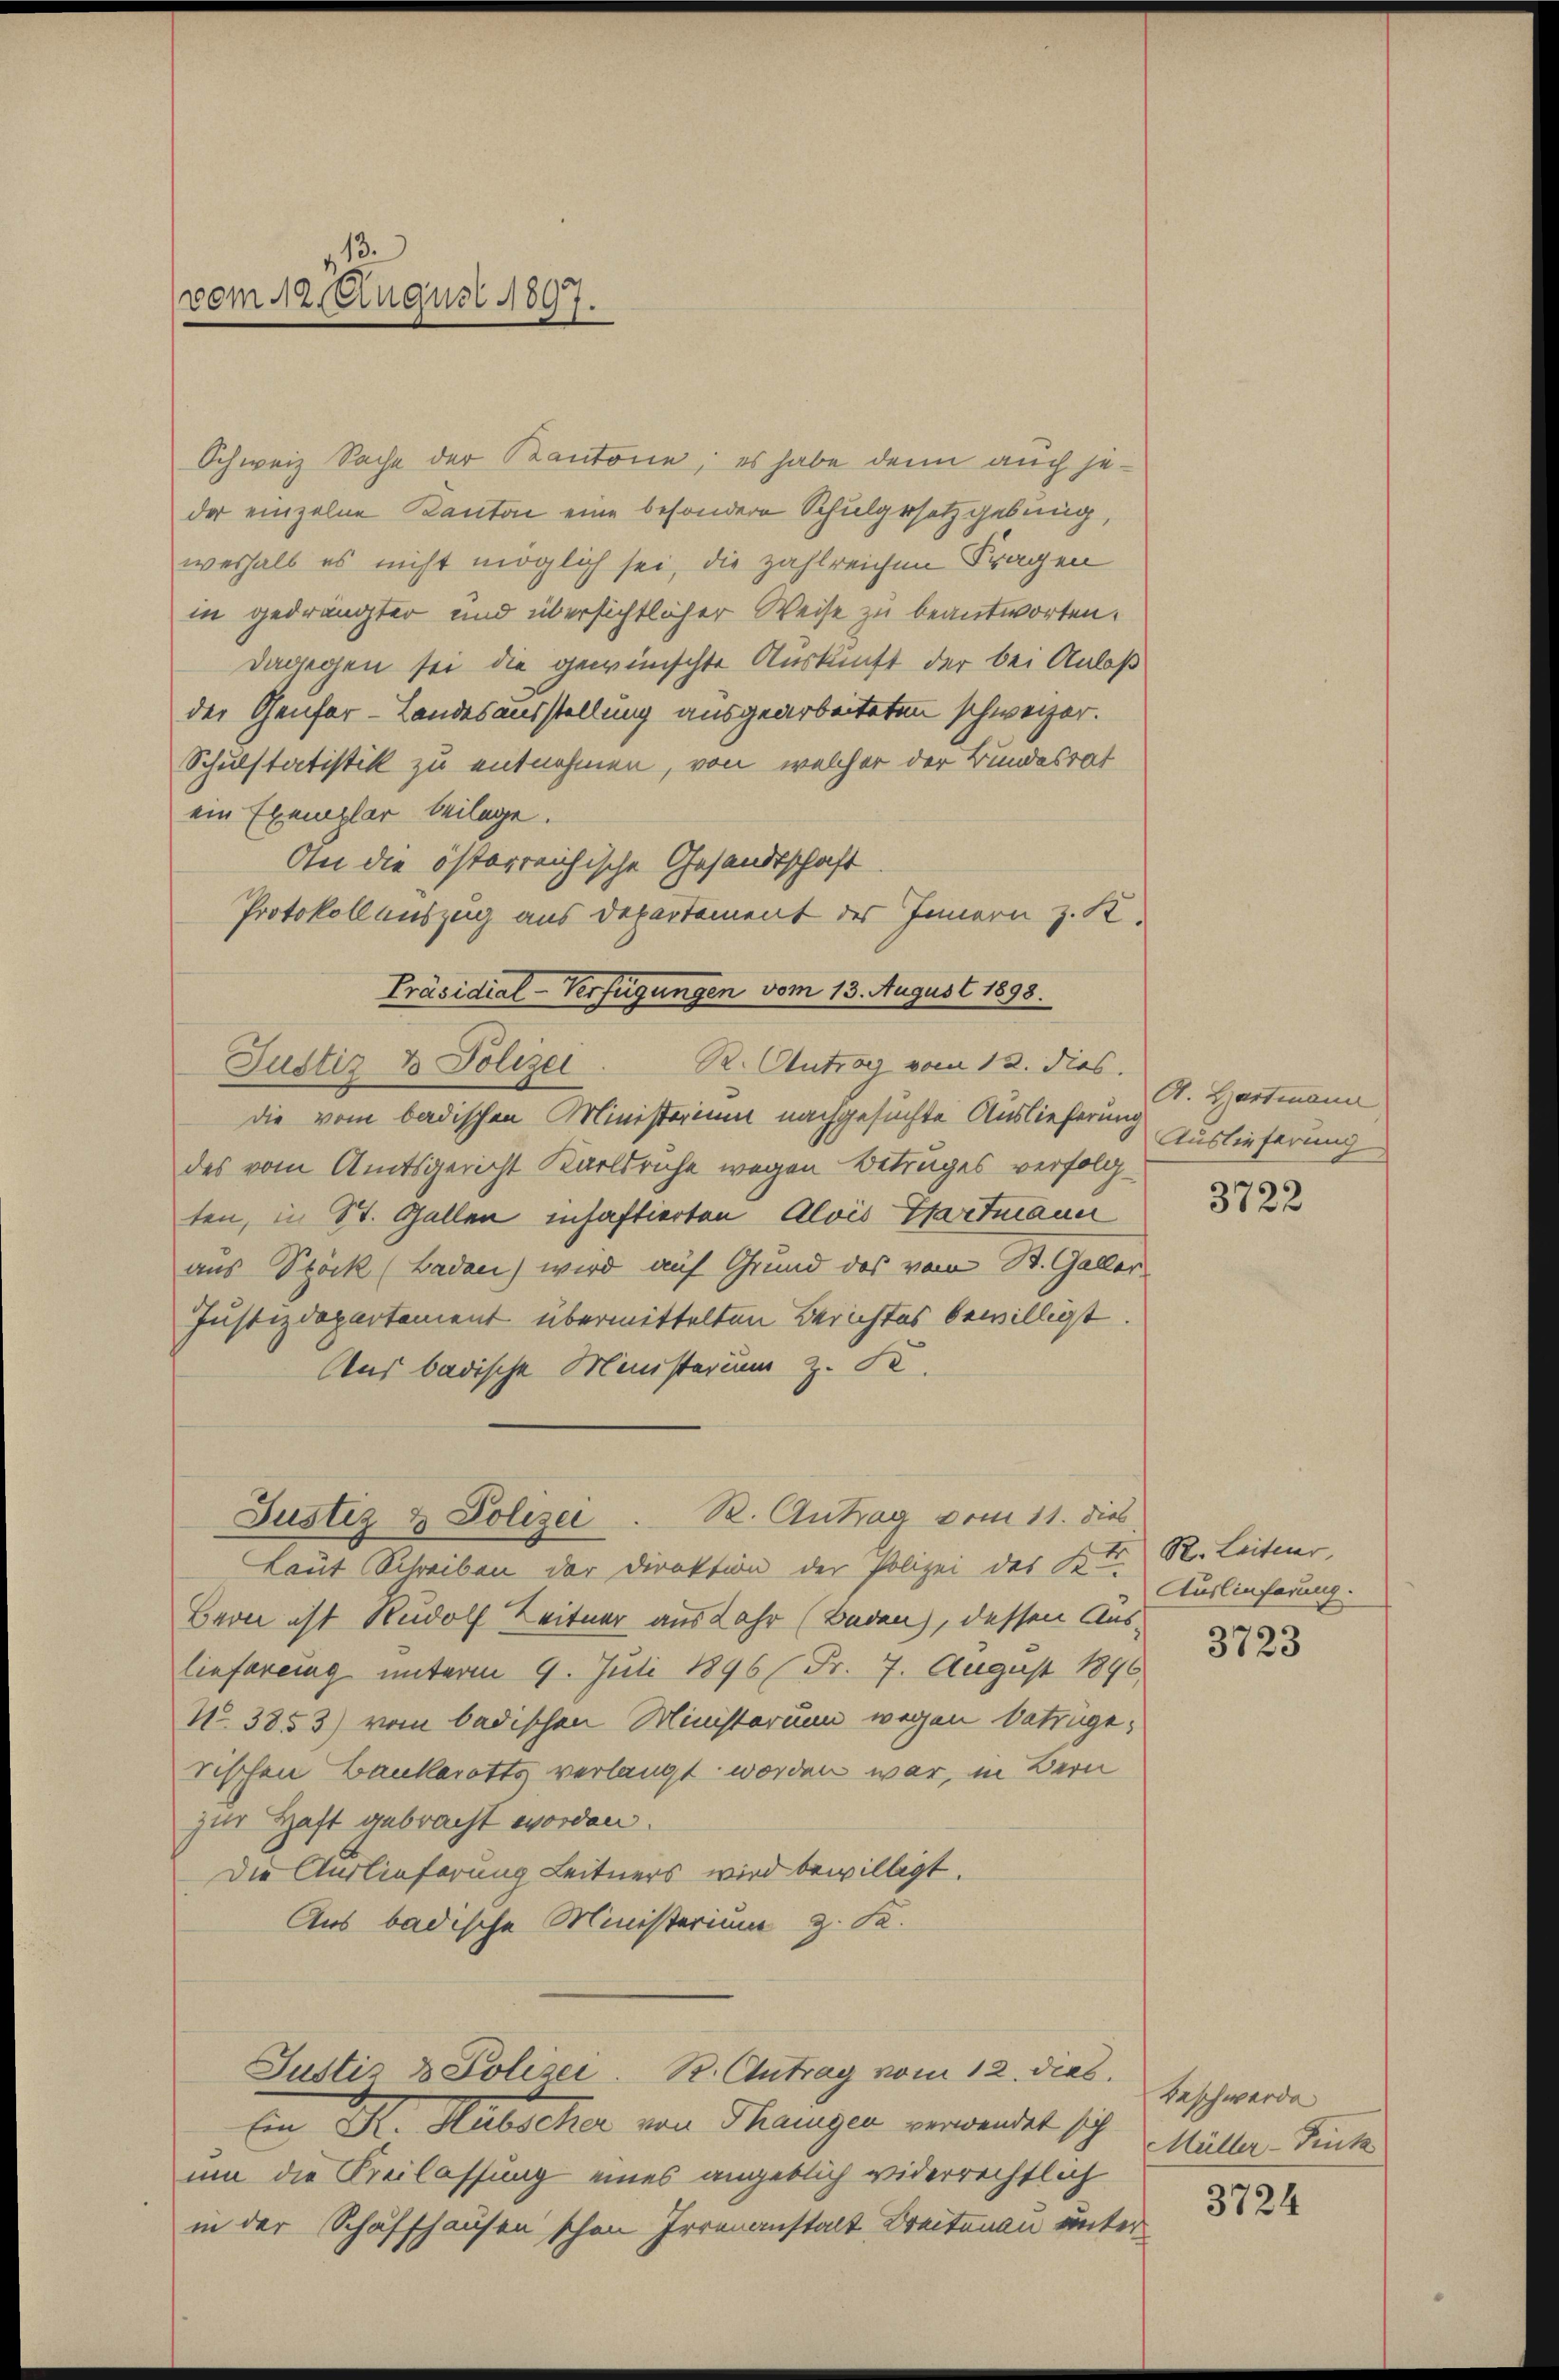
13.
vom 12. August 1897.

Schweiz Sache der Kantone, es habe denn auch jeder einzelne Kanton eine besondere Schulgesetzgebung,
weshalb es nicht möglich sei, die zahlreichen Fragen
in gedrängter und übersichtlicher Weise zu beantworten.
dagegen sei die gewünschte Auskunft der bei Anlaß
der Genfer-Landesausstellung ausgearbeiteten schweizer.
Schulstatistik zu entnehmen, von welcher der Bundesrat
ein Exemplar beilage.
An die österreichische Gesandtschaft
Protokoll auszug aus Departement des Innern z. K.
Präsidial-Verfügungen vom 13. August 1898.
R. Antrag vom 12. dies.
Justiz & Polizei
die vom badischen Ministerium nachgesuchte Auslieferung
des vom Amtsgericht Karlsruhe wegen Betruges verfolgten, in St. Gallen inhaftierten Alois Gartmann
aus Stöck (Baden) wird auf Grund des vom St. Galler
Justizdepartement übermittelten Berichtes bewilligt.
Aus badische Ministerium z. S.

Justiz & Polizei. R. Antrag vom 11. dies

Laut Schreiben der Direktion der Polizei des Kt. Auslieferung
Beon ist Rudolf Leitner aus Jahr (Baden, dessen Auslieferung unterm 9. Juli 1896 (Fr. 7. August 1896
No. 3853) vom badischen Ministorium wegen betrüge,
Tischen Bankerotts verlangt worden war, in Bern
zur Haft gebracht worden.
Die Auslieferung Leitners wird bewilligt.
Aus badische Ministerium z. K.
Justiz & Polizei. R. Antrag vom 12. dies
En Dr. Habscher von Thangen verwendet sich
um die Freilassung eines angeblich widerrechtlich
in der Schaffhausen schon Irrenanstalt Breitenau unter¬

A. Hartmann
Auslieferung

3722

R. Leitner,

3723

Beschwerde
Müller-Trutz

3724